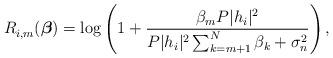
LaTeX: \begin{align*}R_{i,m}^{}(\boldsymbol \beta)=\log\left(1+\frac{\beta_m P |h_i|^2}{P|h_i|^2\sum_{k=m+1}^N\beta_k+\sigma_n^2} \right),\end{align*}